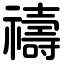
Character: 禱